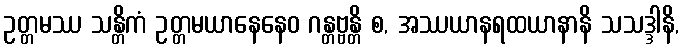
ဥတ္တမဿ သန္တိကံ ဥတ္တမယာနေနေဝ ဂန္တဗ္ဗန္တိ စ, အဿယာနရထယာနာနိ သသဒ္ဒါနိ,